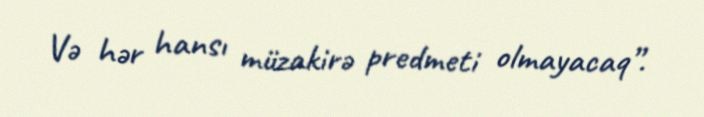
Və hər hansı müzakirə predmeti olmayacaq”.